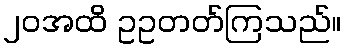
၂၀အထိ ဥဥတတ်ကြသည်။